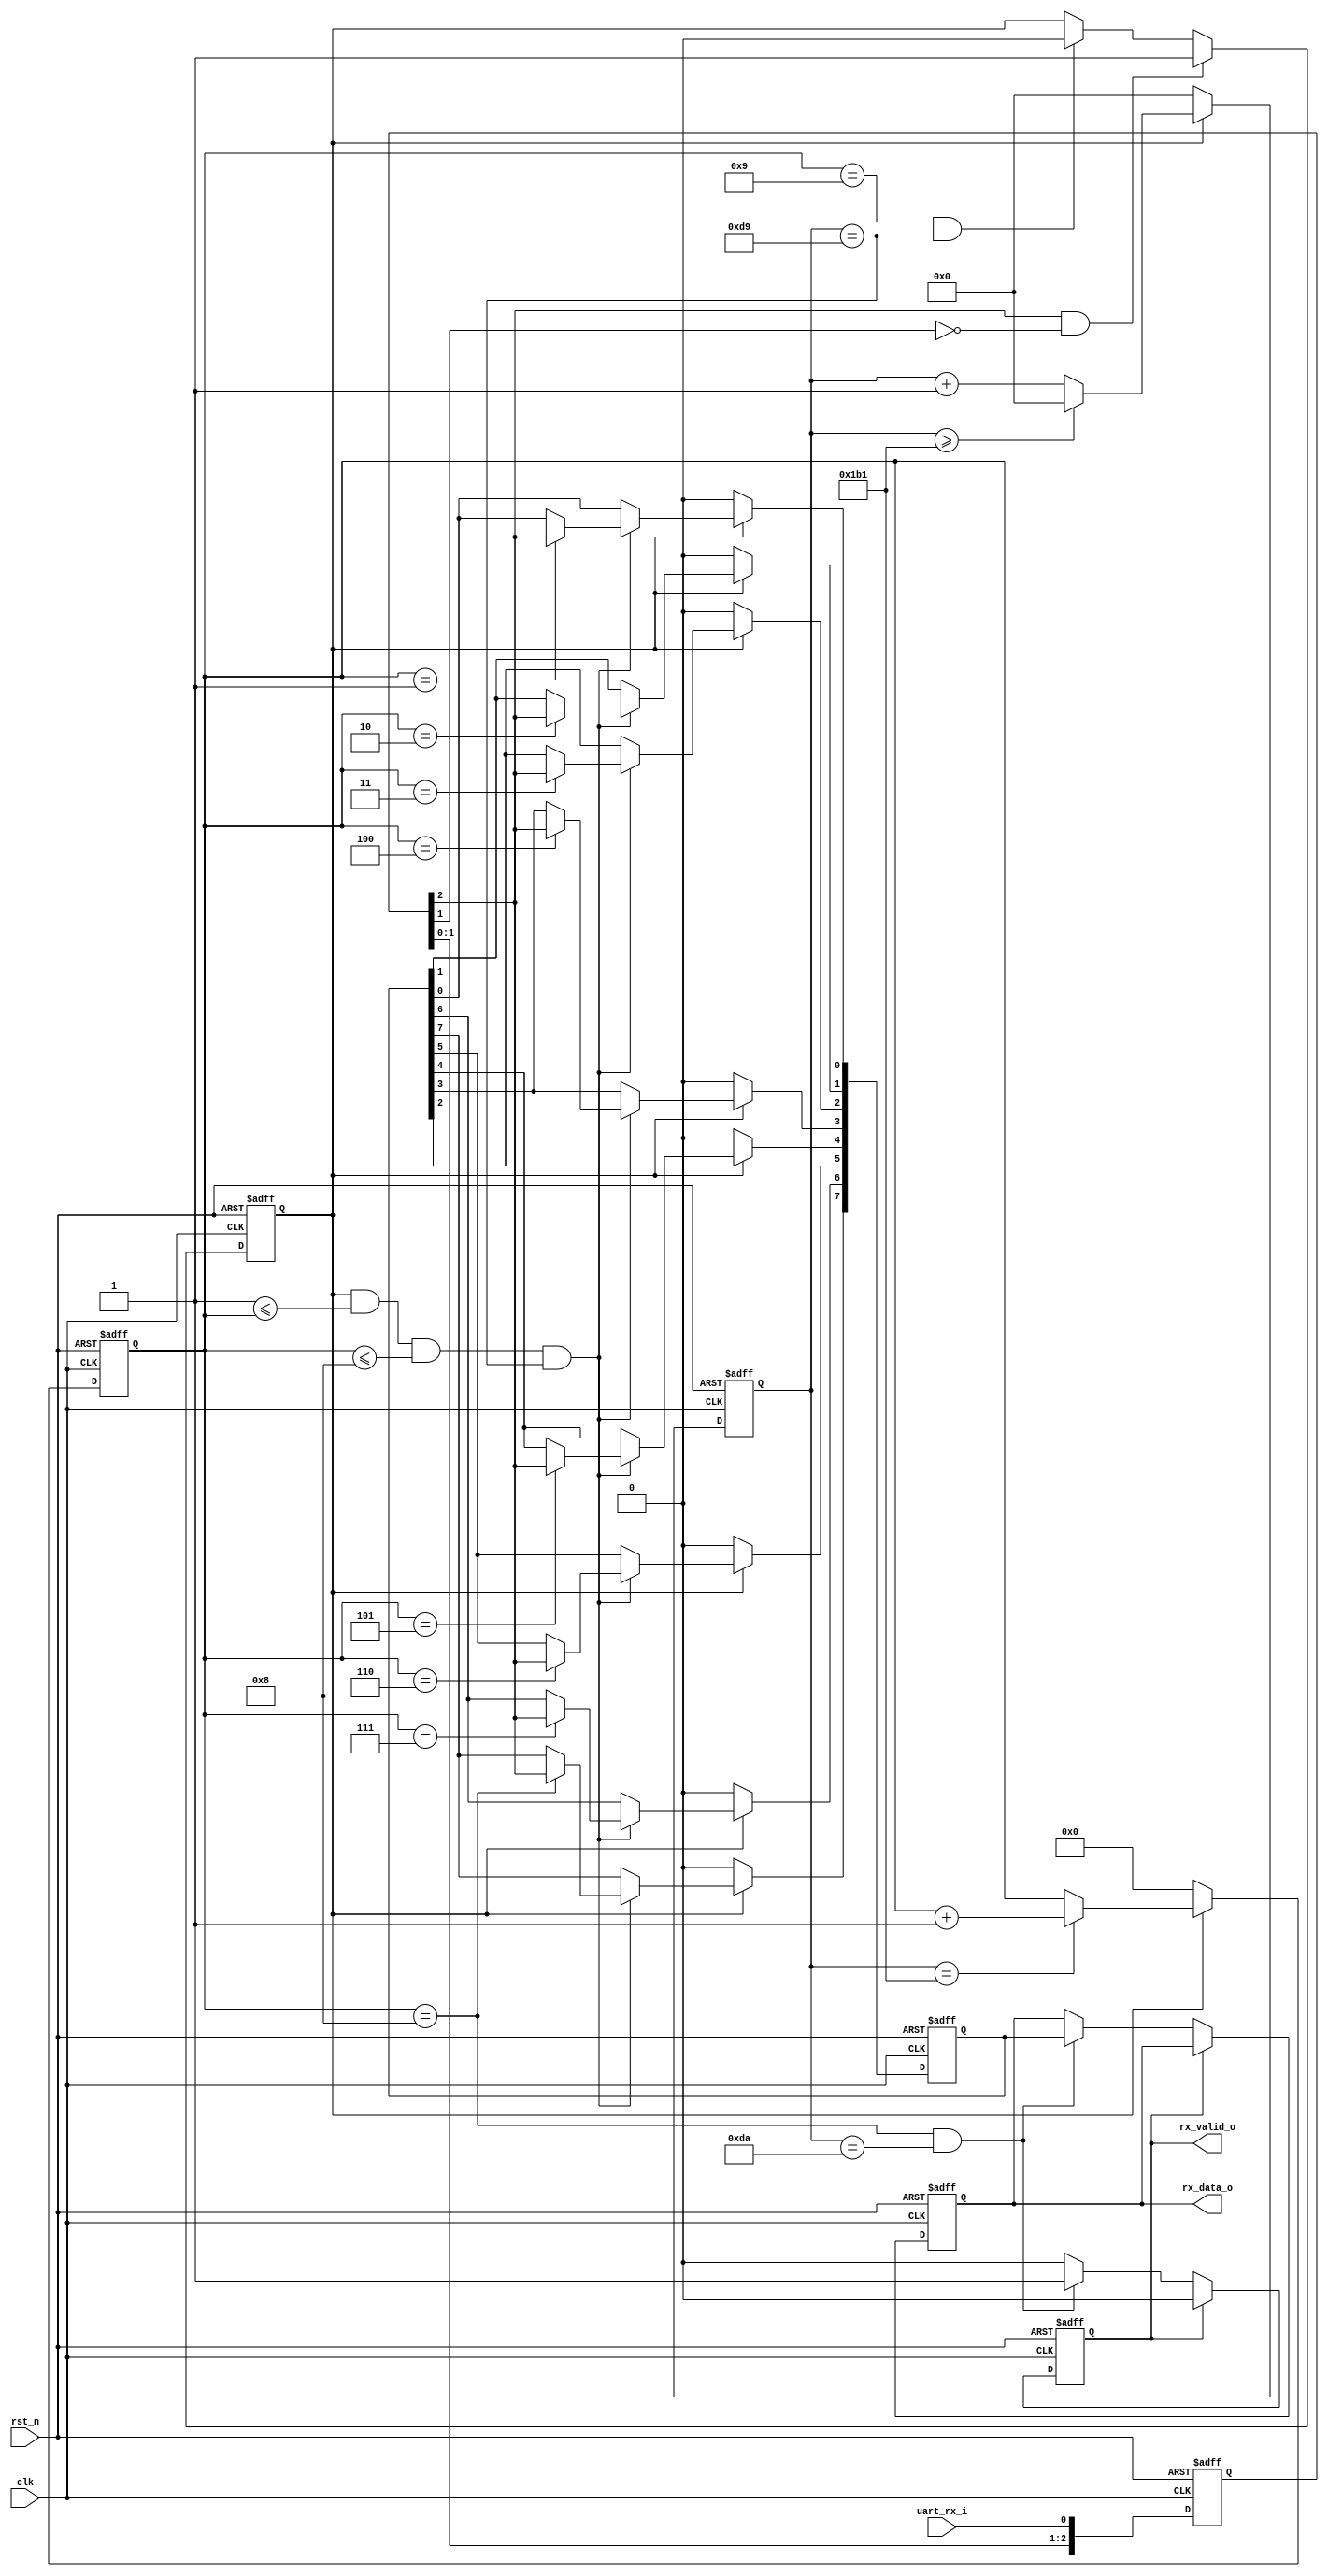
//-----------------------------------------------------------------------
// Description :
// Notes       :
//-----------------------------------------------------------------------
// Revision    : v0.1
//-----------------------------------------------------------------------

module UART_RX
#(
    parameter CLK_FREQ                      = 32'd50_000_000,
    parameter BAUDRATE                      = 32'd115_200
)
(
    //reset and clock
    input   wire                            rst_n           ,
    input   wire                            clk             ,

    //uart rx data input from outside of chip
    input   wire                            uart_rx_i       ,

    //data pop out
    output  reg                             rx_valid_o      ,
    output  reg     [7:0]                   rx_data_o
);

//parameter -------------------------------------------------------------

localparam BAUD_CNT_MAX  = CLK_FREQ / BAUDRATE;
localparam BAUD_CNT_HALF = BAUD_CNT_MAX / 2 ;

//across clock domain and delay -----------------------------------------

reg     [2:0]                   r_rx_dly;

always @ ( posedge clk or negedge rst_n )
begin
    if ( ~rst_n )
        r_rx_dly <= 3'd0; 

    else
        r_rx_dly <= {r_rx_dly[1:0],uart_rx_i};
end

//start bit -------------------------------------------------------------

wire                            w_start_bit_negedge;
assign w_start_bit_negedge = ( r_rx_dly[2] ) && ( ~r_rx_dly[1] );

//receive data control --------------------------------------------------

reg     [31:0]                  r_baud_cnt;
reg     [ 3:0]                  r_bit_cnt;
reg                             r_receive_flag;

always @ ( posedge clk or negedge rst_n ) 
begin
    if ( ~rst_n )
        r_receive_flag <= 1'd0; 

    else if ( w_start_bit_negedge )
        r_receive_flag <= 1'd1; 

    else if (( r_bit_cnt == 4'd9 ) && ( r_baud_cnt == BAUD_CNT_HALF ))
        r_receive_flag <= 1'd0;
end

always @ ( posedge clk or negedge rst_n ) 
begin
    if ( ~rst_n )
        r_baud_cnt <= 'd0; 

    else if ( ~r_receive_flag )
        r_baud_cnt <= 'd0; 

    else if ( r_baud_cnt >= ( BAUD_CNT_MAX - 1 ))
        r_baud_cnt <= 'd0;

    else
        r_baud_cnt <= r_baud_cnt + 'd1; 
end

always @ ( posedge clk or negedge rst_n ) 
begin
    if ( ~rst_n )
        r_bit_cnt <= 'd0; 

    else if ( ~r_receive_flag )
        r_bit_cnt <= 'd0; 

    else if ( r_baud_cnt == ( BAUD_CNT_MAX - 1 ))
        r_bit_cnt <= r_bit_cnt + 'd1; 
end

wire                            w_sample_pulse;
reg     [ 2:0]                  r_sample_bit;

assign w_sample_pulse = r_receive_flag && 
                        ( 4'd1 <= r_bit_cnt ) && ( r_bit_cnt <= 4'd8 ) && 
                        ( r_baud_cnt == BAUD_CNT_HALF );

//received data latch ---------------------------------------------------

reg     [7:0]                   r_receive_data;

always @ ( posedge clk or negedge rst_n ) 
begin
    if ( ~rst_n )
        r_receive_data <= 'd0; 

    else if ( ~r_receive_flag )
        r_receive_data <= 'd0; 

    else if ( w_sample_pulse )
        case ( r_bit_cnt )
            4'd1:    r_receive_data[0] <= r_rx_dly[2];
            4'd2:    r_receive_data[1] <= r_rx_dly[2];
            4'd3:    r_receive_data[2] <= r_rx_dly[2];
            4'd4:    r_receive_data[3] <= r_rx_dly[2];
            4'd5:    r_receive_data[4] <= r_rx_dly[2];
            4'd6:    r_receive_data[5] <= r_rx_dly[2];
            4'd7:    r_receive_data[6] <= r_rx_dly[2];
            4'd8:    r_receive_data[7] <= r_rx_dly[2];
            default: r_receive_data    <= r_receive_data;
        endcase
end

//output ----------------------------------------------------------------

always @ ( posedge clk or negedge rst_n ) 
begin
    if ( ~rst_n )
    begin
        rx_valid_o <= 1'd0;
        rx_data_o  <= 8'd0;
    end
    else if ( rx_valid_o )
    begin
        rx_valid_o <= 1'd0;
        rx_data_o  <= rx_data_o;
    end
    else if (( r_bit_cnt == 4'd8 ) && ( r_baud_cnt == ( BAUD_CNT_HALF + 1 )))
    begin
        rx_valid_o <= 1'd1;
        rx_data_o  <= r_receive_data;
    end
end

endmodule